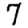
Digit: 7